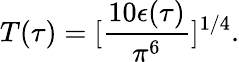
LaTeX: T(\tau)=[{\frac{10\epsilon(\tau)}{\pi^{6}}}]^{1/4}.